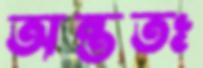
অন্ততঃ